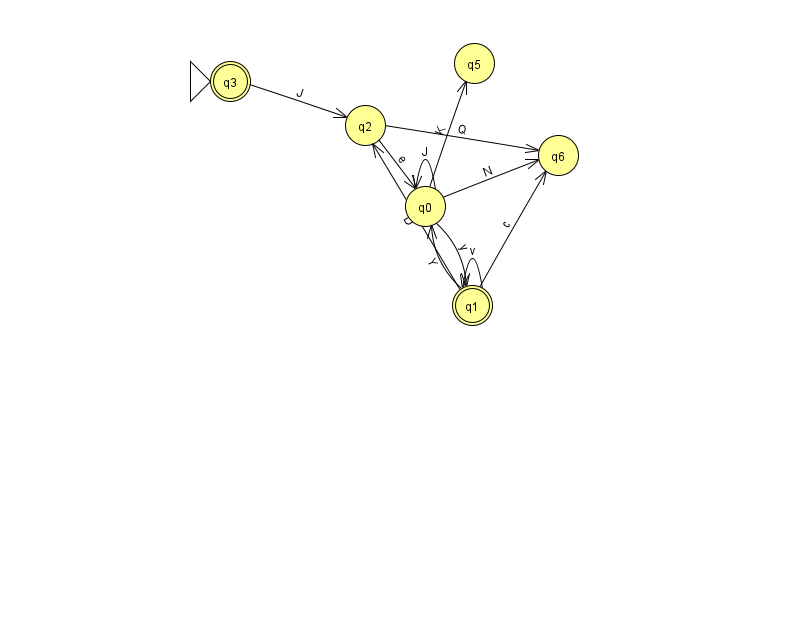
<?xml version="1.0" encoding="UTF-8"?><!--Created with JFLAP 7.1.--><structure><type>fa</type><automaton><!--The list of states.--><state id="0" name="q0"><x>425.0</x><y>193.0</y></state><state id="1" name="q1"><x>472.0</x><y>292.0</y><final/></state><state id="2" name="q2"><x>365.0</x><y>112.0</y></state><state id="3" name="q3"><x>230.0</x><y>68.0</y><initial/><final/></state><state id="5" name="q5"><x>474.0</x><y>50.0</y></state><state id="6" name="q6"><x>558.0</x><y>142.0</y></state><!--The list of transitions.--><transition><from>3</from><to>2</to><read>J</read></transition><transition><from>2</from><to>0</to><read>e</read></transition><transition><from>2</from><to>6</to><read>Q</read></transition><transition><from>1</from><to>1</to><read>v</read></transition><transition><from>0</from><to>1</to><read>y</read></transition><transition><from>1</from><to>0</to><read>Y</read></transition><transition><from>0</from><to>0</to><read>J</read></transition><transition><from>0</from><to>5</to><read>K</read></transition><transition><from>0</from><to>6</to><read>N</read></transition><transition><from>1</from><to>2</to><read>D</read></transition><transition><from>1</from><to>6</to><read>c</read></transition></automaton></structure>